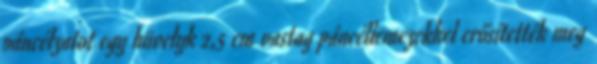
páncélzatot egy hüvelyk 2,5 cm vastag páncéllemezekkel erősítették meg